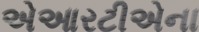
એઆરટીએના